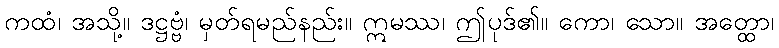
ကထံ၊ အသို့။ ဒဋ္ဌဗ္ဗံ၊ မှတ်ရမည်နည်း။ ဣမဿ၊ ဤပုဒ်၏။ ကော၊ သော။ အတ္ထော၊